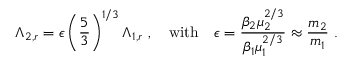
\Lambda _ { 2 , r } = \epsilon \left( \frac { 5 } { 3 } \right) ^ { 1 / 3 } \Lambda _ { 1 , r } \ , \quad \mathrm { w i t h } \quad \epsilon = \frac { \beta _ { 2 } \mu _ { 2 } ^ { 2 / 3 } } { \beta _ { 1 } \mu _ { 1 } ^ { 2 / 3 } } \approx \frac { m _ { 2 } } { m _ { 1 } } \ .